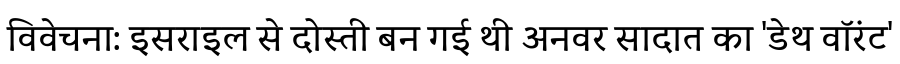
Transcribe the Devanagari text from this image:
विवेचना: इसराइल से दोस्ती बन गई थी अनवर सादात का 'डेथ वॉरंट'